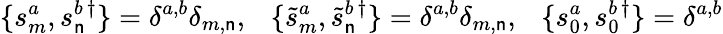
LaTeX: \{ s_{m}^{a},s_{\mathsf{n}}^{b}{}^{\dagger}\} =\delta^{a,b}\delta_{m,\mathsf{n}},~~~\{ \tilde{{s}}_{m}^{a},\tilde{{s}}_{\mathsf{n}}^{b}{}^{\dagger}\} =\delta^{a,b}\delta_{m,\mathsf{n}},~~~\{ s_{0}^{a},s_{0}^{b}{}^{\dagger}\} =\delta^{a,b}